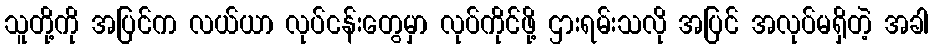
သူတို့ကို အပြင်က လယ်ယာ လုပ်ငန်းတွေမှာ လုပ်ကိုင်ဖို့ ဌားရမ်းသလို အပြင် အလုပ်မရှိတဲ့ အခါ